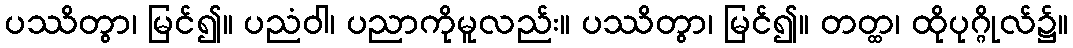
ပဿိတွာ၊ မြင်၍။ ပညံဝါ၊ ပညာကိုမူလည်း။ ပဿိတွာ၊ မြင်၍။ တတ္ထ၊ ထိုပုဂ္ဂိုလ်၌။